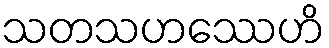
သတသဟဿေဟိ